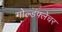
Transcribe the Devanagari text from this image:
गोल्डफ्लेचर